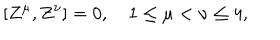
[ Z ^ { \mu } , Z ^ { \nu } ] = 0 , \quad 1 \leq \mu < \nu \leq 4 ,